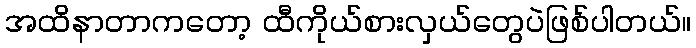
အထိနာတာကတော့ ထီကိုယ်စားလှယ်တွေပဲဖြစ်ပါတယ်။